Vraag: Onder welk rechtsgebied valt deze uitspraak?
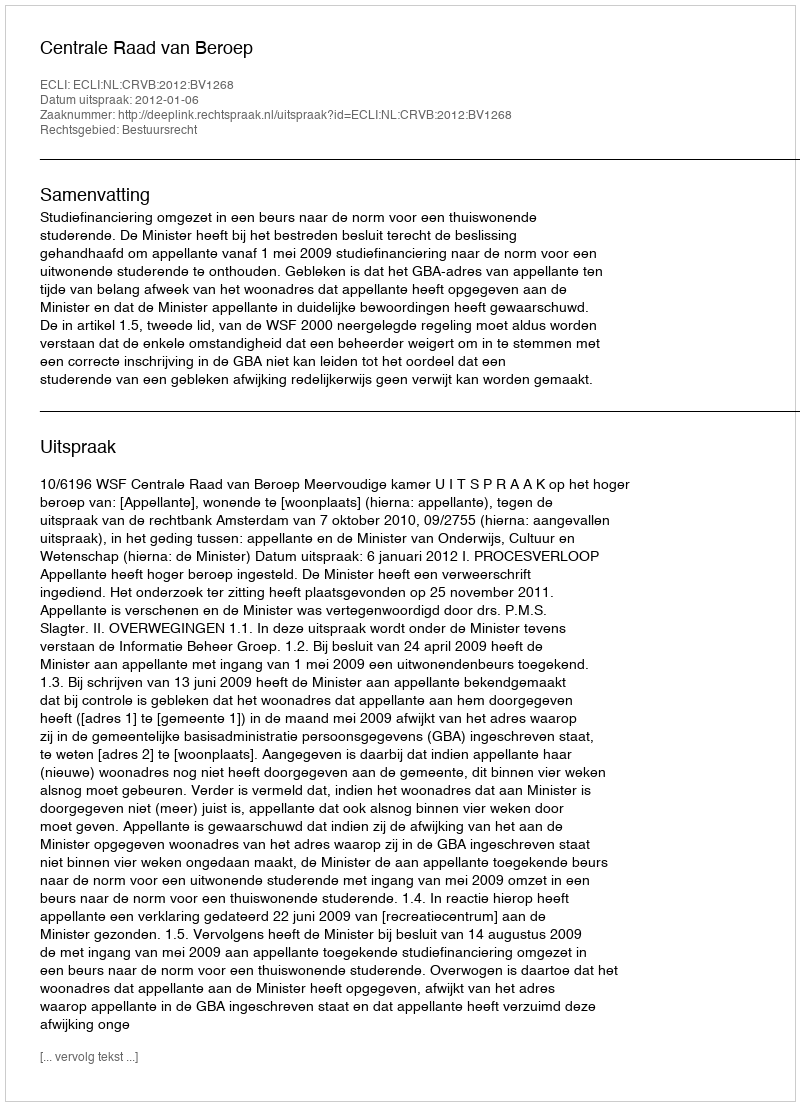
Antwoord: Bestuursrecht